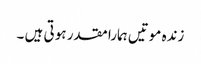
زندہ موتیں ہمارا مقدر ہو تی ہیں ۔